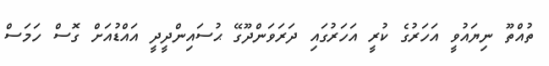
ތުއްތޫ ނިޔައުވީ އަހަރުގެ ކުރީ އަހަރުގައި ދަރަވަންދޫގޭ ޙުސައިންދީދީ އައްޑުއަށް ގޮސް ހަމަސް